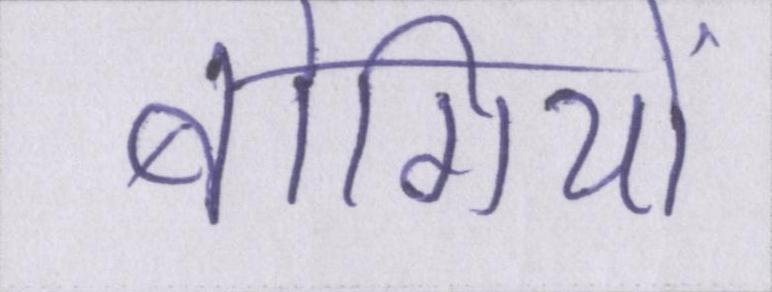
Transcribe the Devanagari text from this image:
बोगियों